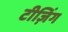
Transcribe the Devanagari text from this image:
टीज़िंग